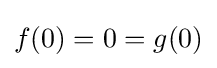
f(0)=0=g(0)